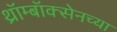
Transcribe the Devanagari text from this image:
थ्रॉम्बॉक्सेनच्या